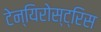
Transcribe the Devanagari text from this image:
टेन्यिरोस्ट्रिस